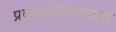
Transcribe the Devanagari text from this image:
प्रबुध्दनारायणाला